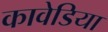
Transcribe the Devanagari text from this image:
कावेडिया